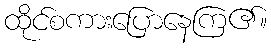
ထိုင်စကားပြောနေကြ၏။